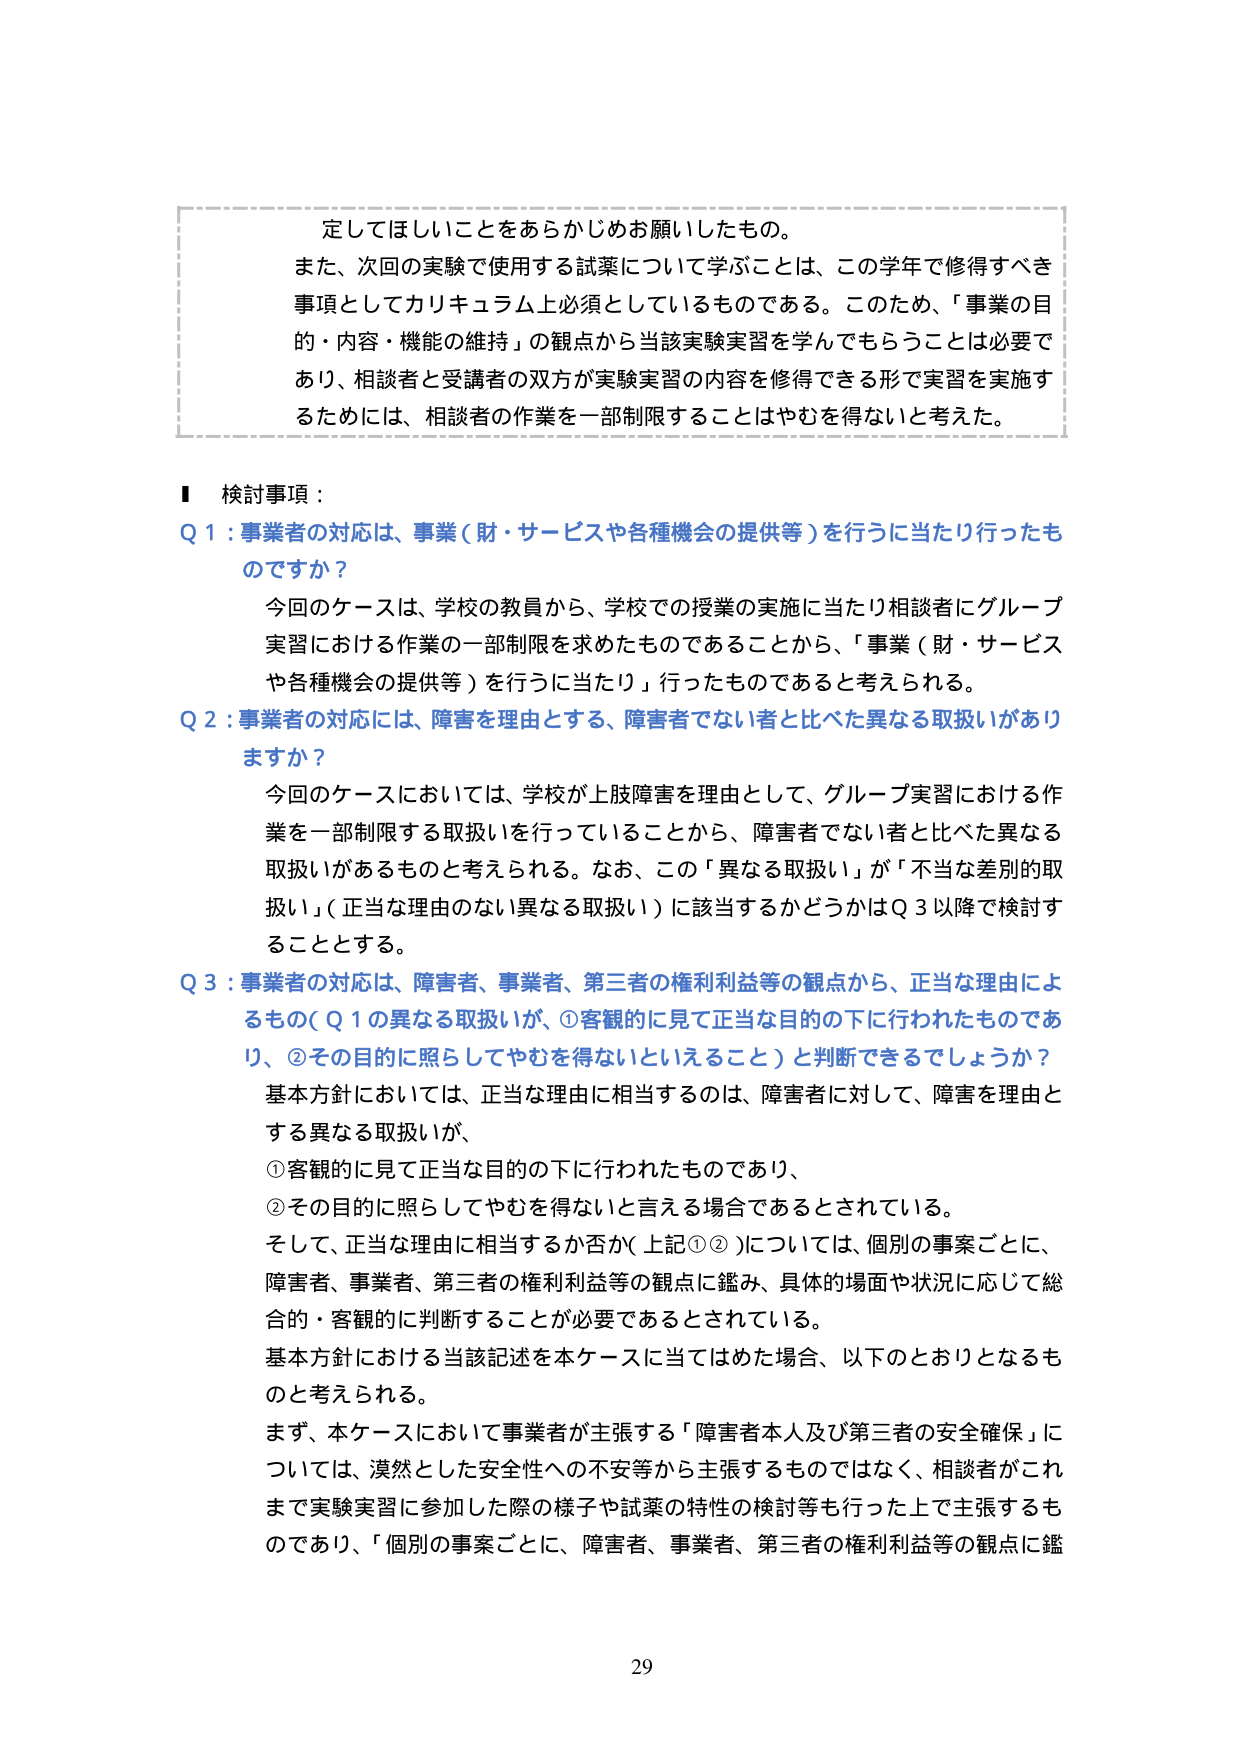
定してほしいことをあらかじめお願いしたもの。
また、次回の実験で使用する試薬について学ぶことは、この学年で修得すべき事項としてカリキュラム上必須としているものである。このため、「事業の目的・内容・機能の維持」の観点から当該実験実習を学んでもらうことは必要であり、相談者と受講者の双方が実験実習の内容を修得できる形で実習を実施するためには、相談者の作業を一部制限することはやむを得ないと考えた。

■ 検討事項：
Q 1：事業者の対応は、事業（財・サービスや各種機会の提供等）を行うに当たり行ったものですか？
今回のケースは、学校の教員から、学校での授業の実施に当たり相談者にグループ実習における作業の一部制限を求めたものであることから、「事業（財・サービスや各種機会の提供等）を行うに当たり」行ったものであると考えられる。

Q 2：事業者の対応には、障害を理由とする、障害者でない者と比べた異なる取扱いがありますか？
今回のケースにおいては、学校が上肢障害を理由として、グループ実習における作業を一部制限する取扱いを行っていることから、障害者でない者と比べた異なる取扱いがあるものと考えられる。なお、この「異なる取扱い」が「不当な差別的取扱い」（正当な理由のない異なる取扱い）に該当するかどうかはQ 3以降で検討することとする。

Q 3：事業者の対応は、障害者、事業者、第三者の権利利益等の観点から、正当な理由によるもの（Q 1の異なる取扱いが、①客観的に見て正当な目的の下に行われたものであり、②その目的に照らしてやむを得ないといえること）と判断できるでしょうか？
基本方針においては、正当な理由に相当するのは、障害者に対して、障害を理由とする異なる取扱いが、
①客観的に見て正当な目的の下に行われたものであり、
②その目的に照らしてやむを得ないと言える場合であるとされている。
そして、正当な理由に相当するか否か（上記①②）については、個別の事案ごとに、障害者、事業者、第三者の権利利益等の観点に鑑み、具体的場面や状況に応じて総合的・客観的に判断することが必要であるとされている。
基本方針における当該記述を本ケースに当てはめた場合、以下のとおりとなるものと考えられる。
まず、本ケースにおいて事業者が主張する「障害者本人及び第三者の安全確保」については、漠然とした安全性への不安等から主張するものではなく、相談者がこれまで実験実習に参加した際の様子や試薬の特性の検討等も行った上で主張するものであり、「個別の事案ごとに、障害者、事業者、第三者の権利利益等の観点に鑑

29